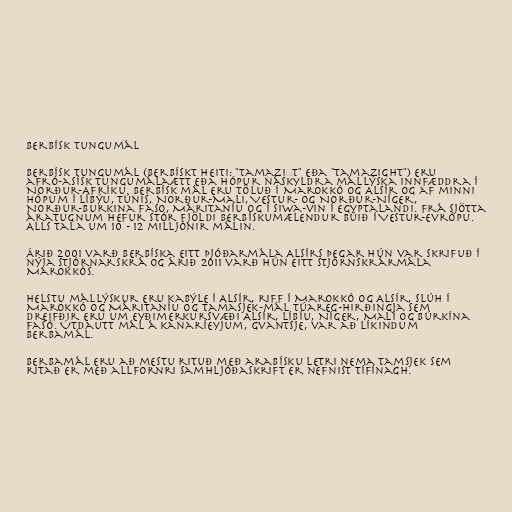
Berbísk tungumál

Berbísk tungumál (berbískt heiti: "Tamaziɣt" eða "Tamazight") eru
afró-asísk tungumálaætt eða hópur náskyldra mállýska innfæddra í
Norður-Afríku. Berbísk mál eru töluð í Marokkó og Alsír og af minni
hópum í Líbýu, Túnis, Norður-Mali, Vestur- og Norður-Níger,
Norður-Burkina Faso, Máritaníu og í Siwa-vin í Egyptalandi. Frá sjötta
áratugnum hefur stór fjöldi berbískumælendur búið í Vestur-Evrópu.
Alls tala um 10 - 12 milljónir málin.

Árið 2001 varð berbíska eitt þjóðarmála Alsírs þegar hún var skrifuð í
nýja stjórnarskrá og árið 2011 varð hún eitt stjórnskrármála
Marokkós.

Helstu mállýskur eru kabýle í Alsír, riff í Marokkó og Alsír, slúh í
Marokkó og Máritaníu og tamasjek-mál túareg-hirðingja sem
dreifðir eru um eyðimerkursvæði Alsír, Líbíu, Níger, Malí og Búrkína
Fasó. Útdautt mál á kanaríeyjum, gvantsje, var að líkindum
berbamál.

Berbamál eru að mestu rituð með arabísku letri nema tamsjek sem
ritað er með allfornri samhljóðaskrift er nefnist tífínagh.